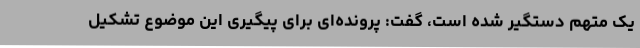
یک متهم دستگیر شده است، گفت: پرونده‌ای برای پیگیری این موضوع تشکیل